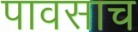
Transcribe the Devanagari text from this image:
पावसाच